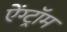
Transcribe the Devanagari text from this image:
ऐंग्ट्रॉम